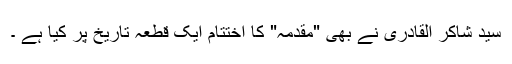
سید شاکر القادری نے بھی "مقدمہ" کا اختتام ایک قطعہ تاریخ پر کیا ہے ۔